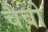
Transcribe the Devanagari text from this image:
चैवो